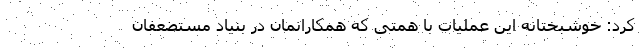
کرد: خوشبختانه این عملیات با همتی که همکارانمان در بنیاد مستضعفان